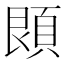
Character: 䫀